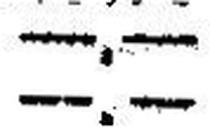
—.—